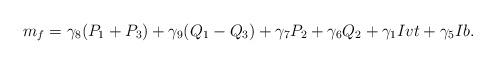
LaTeX: \begin{align*}m_{f}=\gamma_8 (P_1 + P_3) +\gamma_9 (Q_1 -Q_3) + \gamma_7 P_2+\gamma_6 Q_2 +\gamma_1 Ivt + \gamma_5 Ib.\end{align*}